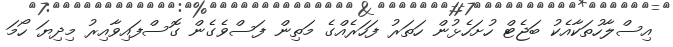
އިސްލާހުތަކާއެކު ބަޖެޓް ހުށަހެޅުން ހަތަރު ފަހަރެއްގެ މަތިން ފަސްވެގެން ގޮސްފައިވާއިރު މިދިޔަ ހޯމަ